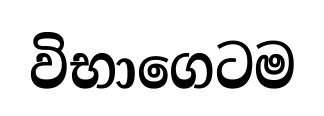
විභාගෙටම